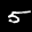
Label: 5